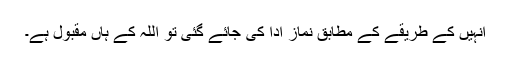
انہیں کے طریقے کے مطابق نماز ادا کی جائے گئی تو اللہ کے ہاں مقبول ہے۔